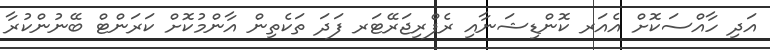
އަދި ހާއްސަކޮށް އެއަރ ކޮންޑިޝަނާއި ރެފްރިޖަރޭޓަރ ފަދަ ތަކެތިން އާންމުކޮށް ކަރަންޓް ބޭނުންކުރާ